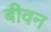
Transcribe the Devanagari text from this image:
बीवन